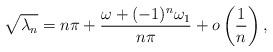
LaTeX: \begin{align*}\sqrt{\lambda_n}=n\pi+\frac{\omega+(-1)^n\omega_1}{n\pi}+o\left(\frac{1}{n}\right),\end{align*}